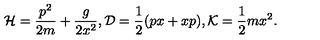
{ \cal H } = { \frac { p ^ { 2 } } { 2 m } } + { \frac { g } { 2 x ^ { 2 } } } , { \cal D } = { \frac { 1 } { 2 } } ( p x + x p ) , { \cal K } = { \frac { 1 } { 2 } } m x ^ { 2 } .